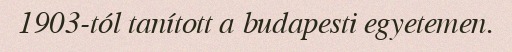
1903-tól tanított a budapesti egyetemen.